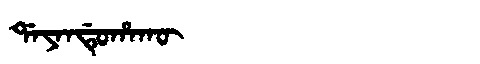
Manchu: ᡩᠠᠶᠠᠨᡩᡠᡥᠠᡴᡡ
Romanization: DAYANDUHAKŪ